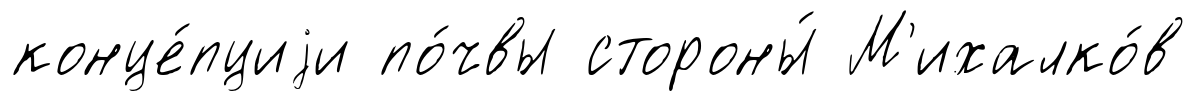
конце́пциjи по́чвы стороны́ М'ихалко́в